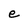
Character: e